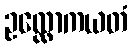
ဥလ္လောကယတံ